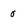
Character: 0